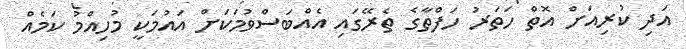
އަދި ކުރިއަށް އޮތް ހަތަރު ހަފްތާގެ ތެރޭގައި އެއްބަސްވުމަކަށް އައުމަކީ މުހިއްމު ކަމެއް